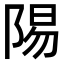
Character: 𬯆